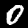
Label: 0